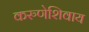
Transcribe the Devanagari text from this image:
करुणेशिवाय